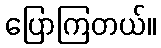
ပြောကြတယ်။